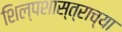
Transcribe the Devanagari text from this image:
शिल्पशास्त्राच्या